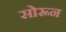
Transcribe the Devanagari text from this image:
सोरून